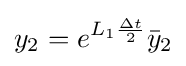
y_{2}=e^{L_{1}{\frac {\Delta t}{2}}}{\bar {y}}_{2}